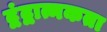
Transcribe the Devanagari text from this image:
द्वंद्वात्मकता